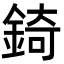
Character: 錡